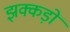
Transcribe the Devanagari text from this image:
झक्कड़ों